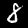
Digit: 8